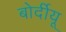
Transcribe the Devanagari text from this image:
बोर्दीयू